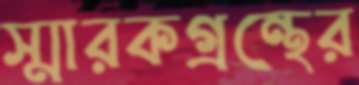
স্মারকগ্রন্থের